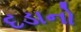
દડાનો